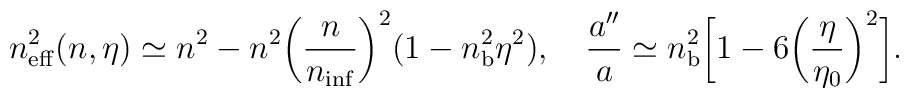
n_{\rm eff}^2(n,\eta )\simeq n^2-n^2\biggl(\frac{n}{n_{\rm inf}}\biggr)^2(1-n_{\rm b}^2\eta ^2), \quad \frac{a''}{a} \simeq n_{\rm b}^2\biggl[1-6\biggl(\frac{\eta }{\eta _0}\biggr)^2\biggr].